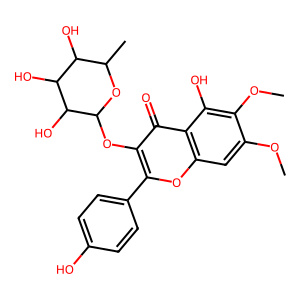
SMILES: COc1cc2oc(-c3ccc(O)cc3)c(OC3OC(C)C(O)C(O)C3O)c(=O)c2c(O)c1OC
Inhibits HIV replication: No